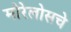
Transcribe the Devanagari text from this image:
मोरेलोसचे